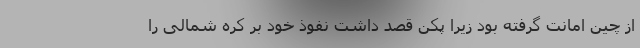
از چین امانت گرفته بود زیرا پکن قصد داشت نفوذ خود بر کره شمالی را